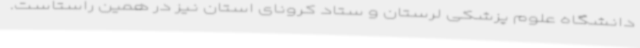
دانشگاه علوم پزشکی لرستان و ستاد کرونای استان نیز در همین راستاست.